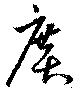
広